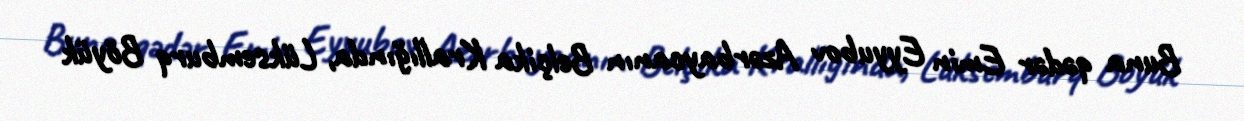
Buna qədər Emin Eyyubov Azərbaycanın Belçika Krallığında, Lüksemburq Böyük